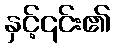
နှင့်၎င်း၏